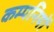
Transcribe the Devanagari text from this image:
कम्पनियोँ